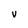
Character: V